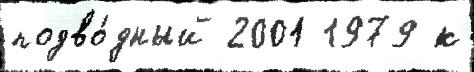
подво́дный 2001 1979 к